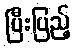
ပြီးပြည့်